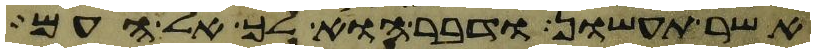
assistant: אשר תעשון ודבר הוא לך אל העם